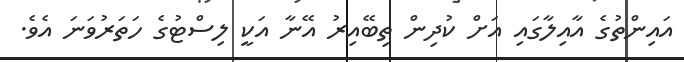
އައިންތުގެ އާއިލާގައި އަށް ކުދިން ތިބޭއިރު އޭނާ އަކީ ލިސްޓުގެ ހަތަރުވަނަ އެވެ.